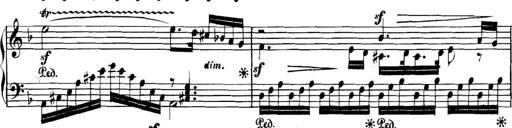
Title: Collected Piano Sonatas
Composer: Muzio Clementi